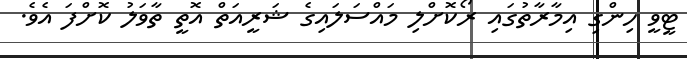
ޓީވީ ހިންގި އިމާރާތުގައި ރޯކޮށްލި މައްސަލައިގެ ޝަރީއަތް އޮތީ ތާވަލު ކޮށްފަ އެވެ.